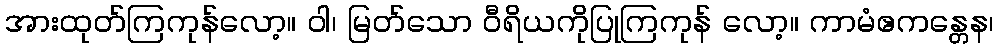
အားထုတ်ကြကုန်လော့။ ဝါ၊ မြတ်သော ဝီရိယကိုပြုကြကုန် လော့။ ကာမံဧကန္တေန၊